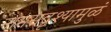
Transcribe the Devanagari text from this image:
नामसद्रृश्यामुळं